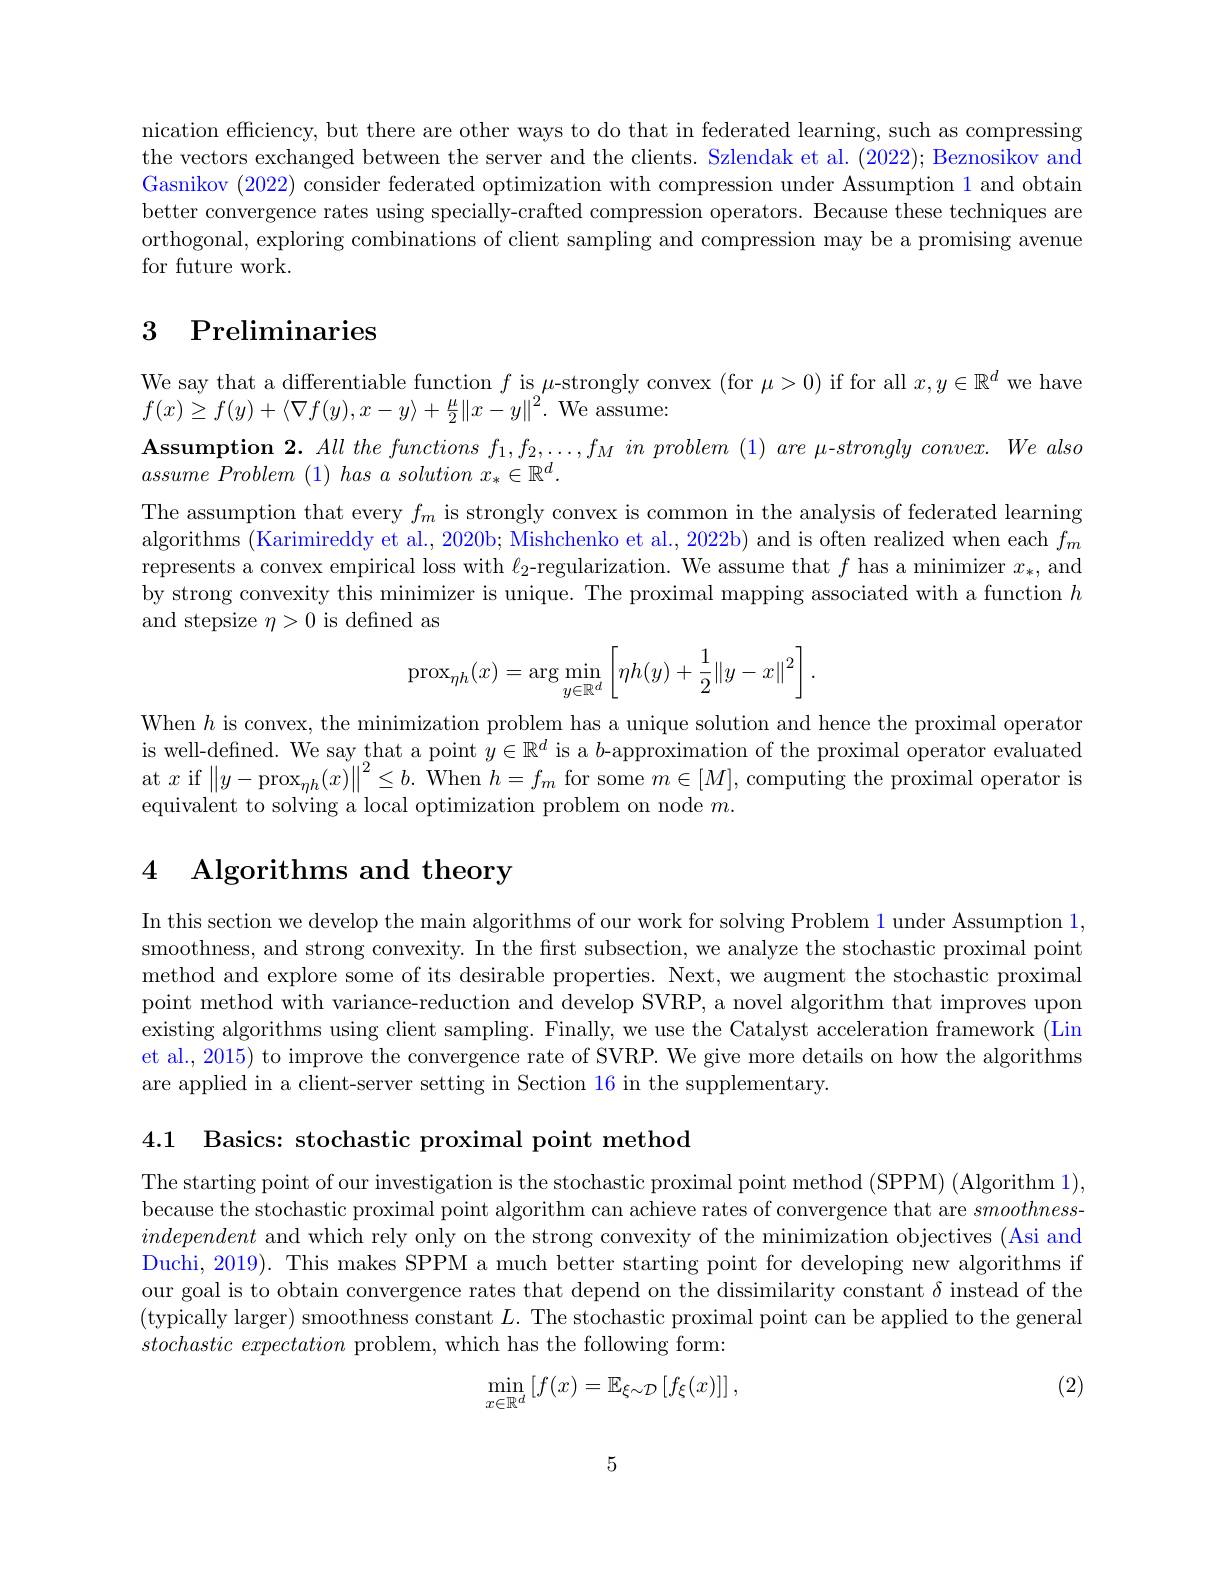
nication efficiency, but there are other ways to do that in federated learning, such as compressing the vectors exchanged between the server and the clients. Szlendak et al. (2022); Beznosikov and Gasnikov (2022) consider federated optimization with compression under Assumption 1 and obtain better convergence rates using specially-crafted compression operators. Because these techniques are orthogonal, exploring combinations of client sampling and compression may be a promising avenue for future work.

# 3 Preliminaries

We say that a differentiable function $f$ is $\mu$-strongly convex (for $\mu>0)$ if for all $x,y\in\mathbb{R}^d$ we have
$f(x)\geq f(y)+\langle\nabla f(y),x-y\rangle+\frac{\mu}{2}\|x-y\|^{2}.$We assume:
$\mathbf{Assumption~2.~All~the~functions~f_{1},f_{2},\ldots,f_{M}~in~problem~(1)~are~\mu-strongly~convex.~We~also}$
$assume\textit{ Problem ( 1) has a solution }x_* \in \mathbb{R} ^d.$
The assumption that every $f_m$ is strongly convex is common in the analysis of federated learning algorithms (Karimireddy et al., 2020b; Mishchenko et al., 2022b) and is often realized when each $f_m$ represents a convex empirical loss with $\ell_2$-regularization. We assume that $f$ has a minimizer $x_*$, and by strong convexity this minimizer is unique. The proximal mapping associated with a function $h$ and stepsize $\eta>0$ is defined as
$$\operatorname{prox}_{\eta h}(x)=\arg\min\limits_{y\in\mathbb{R}^d}\left[\eta h(y)+\frac{1}{2}\|y-x\|^2\right].$$
When $h$ is convex, the minimization problem has a unique solution and hence the proximal operator is well-defined. We say that a point $y\in\mathbb{R}^d$ is a $b$-approximation of the proximal operator evaluated at $x$ if $\|y-\mathrm{prox}_{\eta h}(x)\|^2\leq b.$ When $h=f_m$ for some $m\in[M]$,computing the proximal operator is equivalent to solving a local optimization problem on node $m.$

## 4 Algorithms and theory

In this section we develop the main algorithms of our work for solving Problem 1 under Assumption 1, smoothness, and strong convexity. In the frst subsection, we analyze the stochastic proximal point method and explore some of its desirable properties. Next, we augment the stochastic proximal point method with variance-reduction and develop SVRP, a novel algorithm that improves upon existing algorithms using client sampling. Finally, we use the Catalyst acceleration framework (Lin et al., 2015) to improve the convergence rate of SVRP. We give more details on how the algorithms are applied in a client-server setting in Section 16 in the supplementary.

4.1 Basics: stochastic proximal point method

The starting point of our investigation is the stochastic proximal point method (SPPM) (Algorithm 1), because the stochastic proximal point algorithm can achieve rates of convergence that are $smoothness-$ independent and which rely only on the strong convexity of the minimization objectives (Asi and Duchi, 2019). This makes SPPM a much better starting point for developing new algorithms if our goal is to obtain convergence rates that depend on the dissimilarity constant $\delta$ instead of the (typically larger) smoothness constant $L.$ The stochastic proximal point can be applied to the general $stochastic~expectation~$problem, which has the following form:

(2)
$$\min_{x\in\mathbb{R}^d}\left[f(x)=\mathbb{E}_{\xi\sim\mathcal{D}}\left[f_\xi(x)\right]\right],$$
5